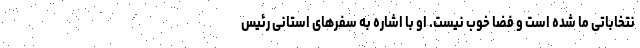
نتخاباتی ما شده است و فضا خوب نیست. او با اشاره به سفرهای استانی رئیس